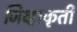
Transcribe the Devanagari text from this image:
जिव्हाकृती